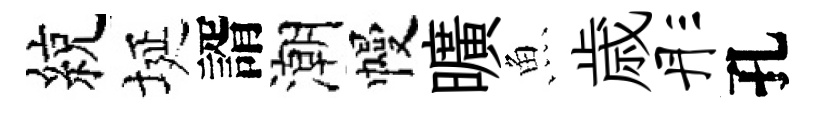
綂埏諝潮幔曠魚歳彤孔